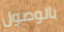
بالوصول